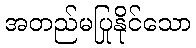
အတည်မပြုနိုင်သော